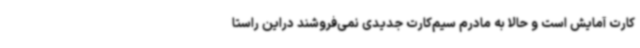
کارت آمایش است و حالا به مادرم سیم‌کارت جدیدی نمی‌فروشند دراین راستا